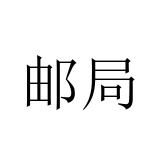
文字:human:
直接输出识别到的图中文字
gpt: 邮局